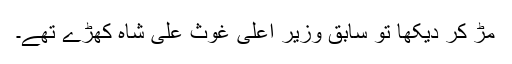
مڑ کر دیکھا تو سابق وزیر اعلیٰ غوث علی شاہ کھڑے تھے۔